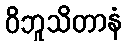
ဝိဘူသိတာနံ